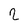
Character: 2